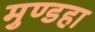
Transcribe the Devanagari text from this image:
मुण्डहा